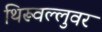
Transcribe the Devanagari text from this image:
थिरूवल्लुवर